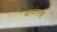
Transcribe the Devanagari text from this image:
यानंतरचे